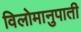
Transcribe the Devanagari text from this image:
विलोमानुपाती